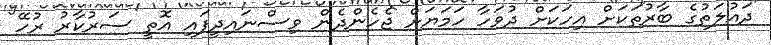
ދައުލަތުގެ ބާރުތަކަށް އިހަކަށް ދުވަހާ ހަމަޔަށް ޖެހެންދެން ވިސްނައިދީފައި އޮތީ ސަރުކާރު ރުހޭ